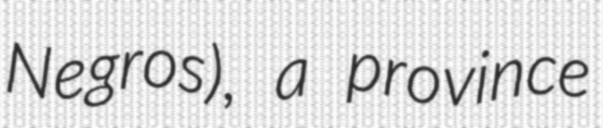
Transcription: Negros), a province